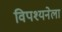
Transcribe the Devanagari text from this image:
विपश्यनेला